Insane asylums Bombay 1873-77 - 1873-1877
Year: 1873
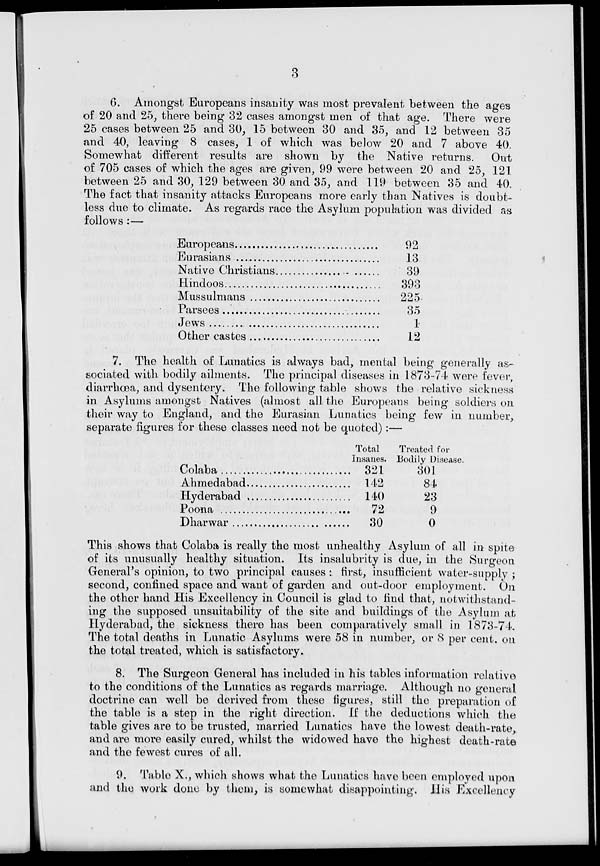
3
6. Amongst Europeans insanity was most prevalent between the ages
of 20 and 25, there being 32 cases amongst men of that age. There were
25 cases between 25 and 30, 15 between 30 and 35, and 12 between 35
and 40, leaving 8 cases, 1 of which was below 20 and 7 above 40.
Somewhat different results are shown by the Native returns.
Out
of 705 cases of which the ages are given, 99 were between 20 and 25, 121
between 25 and 30, 129 between 30 and 35, and 119 between 35 and 40.
The fact that insanity attacks Europeans more early than Natives is doubt-
less due to climate. As regards race the Asylum population was divided as
follows:—
Europeans ...................................
Eurasians ...................................
Native Christians ...................................
Hindoos ...................................
Mussulmans ...................................
Parsees ...................................
Jews ...................................
Other castes ...................................
92
13
39
393
225
35
1
12
7. The health of Lunatics is always bad, mental being generally as-
sociated with bodily ailments. The principal diseases in 1873-74 were fever,
diarrhœa, and dysentery. The following table shows the relative sickness
in Asylums amongst Natives (almost all the Europeans being soldiers on
their way to England, and the Eurasian Lunatics being few in number,
separate figures for these classes need not be quoted):—
Colaba ...................................
Ahmedabad ...................................
Hyderabad ...................................
Poona ...................................
Dharwar ...................................
Total
Insanes.
321
142
140
72
30
Treated for
Bodily Disease.
301
84
23
9
0
This shows that Colaba is really the most unhealthy Asylum of all in spite
of its unusually healthy situation. Its insalubrity is due, in the Surgeon
General's opinion, to two principal causes : first, insufficient water-supply ;
second, confined space and want of garden and out-door employment. On
the other hand His Excellency in Council is glad to find that, notwithstand-
ing the supposed unsuitability of the site and buildings of the Asylum at
Hyderabad, the sickness there has been comparatively small in 1873-74.
The total deaths in Lunatic Asylums were 58 in number, or 8 per cent. on
the total treated, which is satisfactory.
8. The Surgeon General has included in his tables information relative
to the conditions of the Lunatics as regards marriage. Although no general
doctrine can well be derived from these figures, still the preparation of
the table is a step in the right direction. If the deductions which the
table gives are to be trusted, married Lunatics have the lowest death-rate,
and are more easily cured, whilst the widowed have the highest death-rate
and the fewest cures of all.
9. Table X., which shows what the Lunatics have been employed upon
and the work done by them, is somewhat disappointing. His Excellency